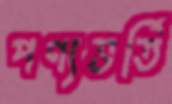
পণ্যভর্তি